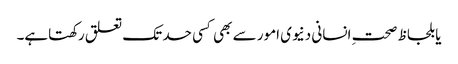
یا بلحاظ صحتِ انسانی دنیوی امور سے بھی کسی حد تک تعلق رکھتاہے۔